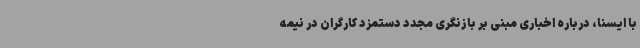
با ایسنا، درباره اخباری مبنی بر بازنگری مجدد دستمزد کارگران در نیمه